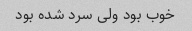
خوب بود ولی سرد شده بود